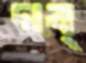
দাব্‌